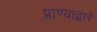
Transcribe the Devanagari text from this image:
प्राण्याद्वारे